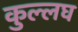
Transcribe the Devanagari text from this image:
कुल्लघ